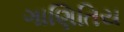
ગાણિતિય